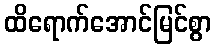
ထိရောက်အောင်မြင်စွာ